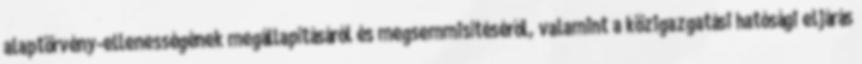
alaptörvény-ellenességének megállapításáról és megsemmisítéséről, valamint a közigazgatási hatósági eljárás